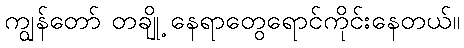
ကျွန်တော် တချို့ နေရာတွေရောင်ကိုင်းနေတယ်။